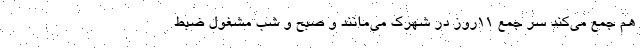
هم جمع می‌کند سر جمع ١١روز در شهرک می‌مانند و صبح و شب مشغول ضبط